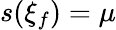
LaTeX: s(\xi_{f})=\mu